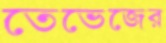
তেভেজের